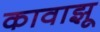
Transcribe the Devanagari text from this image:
कावाझू